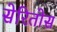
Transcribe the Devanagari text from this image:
सेरितोस